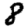
Digit: 8